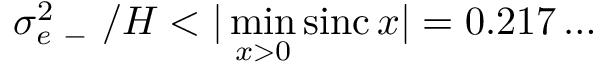
\sigma _ { e \mathrm { ~ - ~ } } ^ { 2 } / H < | \operatorname* { m i n } _ { x > 0 } \operatorname { s i n c } x | = 0 . 2 1 7 \dots